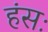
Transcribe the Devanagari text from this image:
हंसः